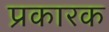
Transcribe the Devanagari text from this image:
प्रकारक